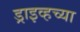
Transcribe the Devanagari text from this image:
ड्राइव्हच्या